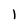
Character: 1